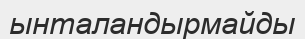
ынталандырмайды